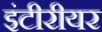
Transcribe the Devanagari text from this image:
इंटीरीयर